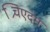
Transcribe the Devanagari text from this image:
श्र्चिएदम